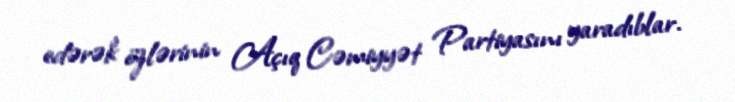
edərək özlərinin Açıq Cəmiyyət Partiyasını yaradıblar.